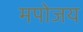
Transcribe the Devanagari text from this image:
मपोजय